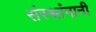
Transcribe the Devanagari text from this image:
संस्थांनानी